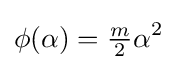
\phi (\alpha )={\tfrac {m}{2}}\alpha ^{2}